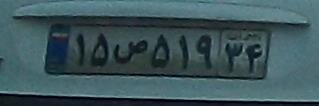
۱۵ص۵۱۹۳۴